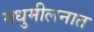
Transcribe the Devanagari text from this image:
मधुमीलनात